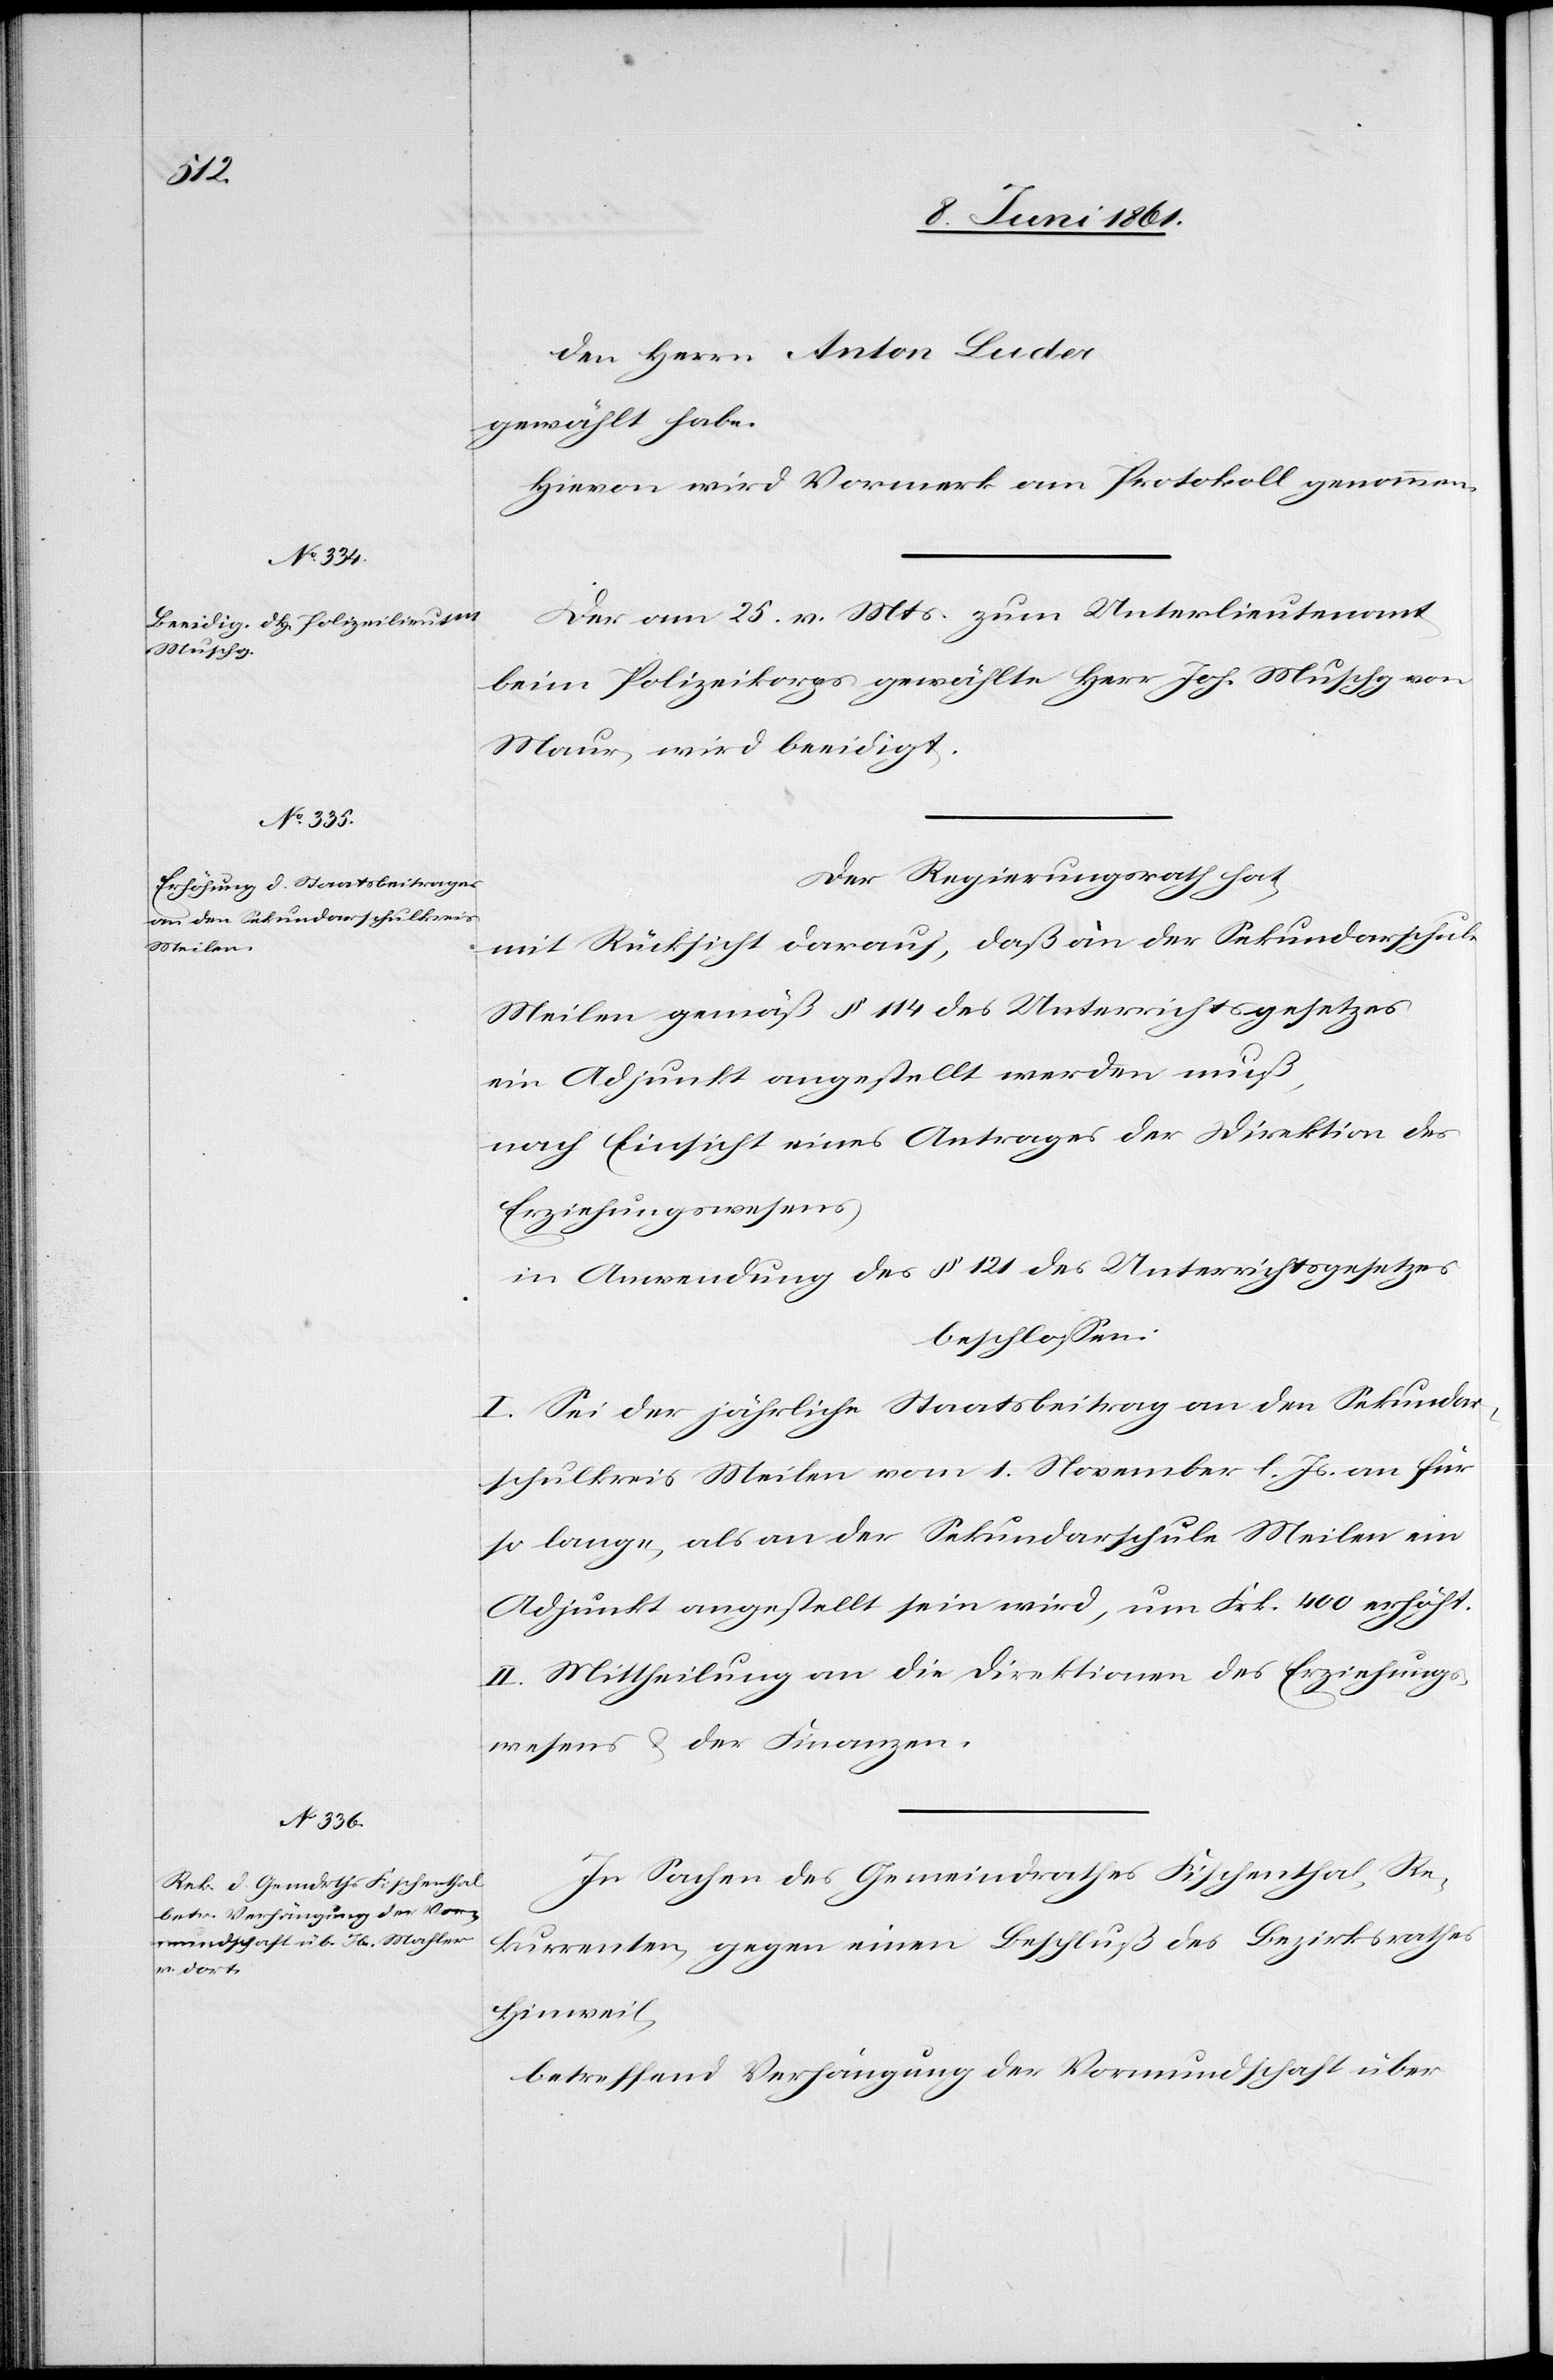
den Herrn Anton Luder
gewählt habe.
Hievon wird Vormerk am Protokoll genommen.
Der am 25. v. Mts. zum Unterlieutenant
beim Polizeikorps gewählte Herr Joh. Muschg von
Maur, wird beeidigt.
Der Regierungsrath hat,
mit Rücksicht darauf, daß an der Sekundarschule
Meilen gemäß § 114 des Unterrichtsgesetzes
ein Adjunkt angestellt werden muß,
nach Einsicht eines Antrages der Direktion des
Erziehungswesens
in Anwendung des § 121 des Unterrichtsgesetzes
beschlossen:
I. Sei der jährliche Staatsbeitrag an den Sekundar¬
schulkreis Meilen vom 1. November l. Js. an für
so lange, als an der Sekundarschule Meilen ein
Adjunkt angestellt sein wird, um Frk. 400 erhöht.
II. Mittheilung an die Direktion des Erziehungs¬
wesens u. der Finanzen.
In Sachen des Gemeindrathes Fischenthal, Re¬
kurrenten, gegen einen Beschluß des Bezirksrathes
Hinweil,
betreffend Verhängung der Vormundschaft über